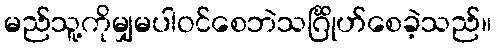
မည်သူ့ကိုမျှမပါဝင်စေဘဲသင်္ဂြိုဟ်စေခဲ့သည်။